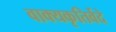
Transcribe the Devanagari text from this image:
वाक्यकृतिर्वेदे